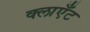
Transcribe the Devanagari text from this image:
क्लाएँट